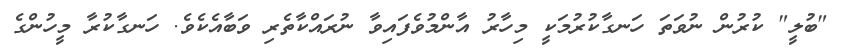
"ބުލީ" ކުރުން ނުވަތަ ހަނގާކުރުމަކީ މިހާރު އާންމުވެފައިވާ ނުރައްކާތެރި ވަބާއެކެވެ. ހަނގާކުރާ މީހުންގެ